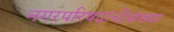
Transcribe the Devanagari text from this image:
नगरपरिषदांचीसंख्या